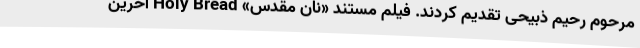
مرحوم رحیم ذبیحی تقدیم کردند. فیلم مستند «نان مقدس» Holy Bread آخرین